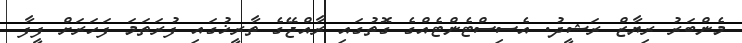
މެންބަރު ރިޔާޒް ރަޝީދު. އެސިސްޓެންޓެއްގެ ގޮތުގައި ރާއްޖޭގެ ތާރީޚުގައި ފުރަތަމަ ފަހަރަށް ފީފާ